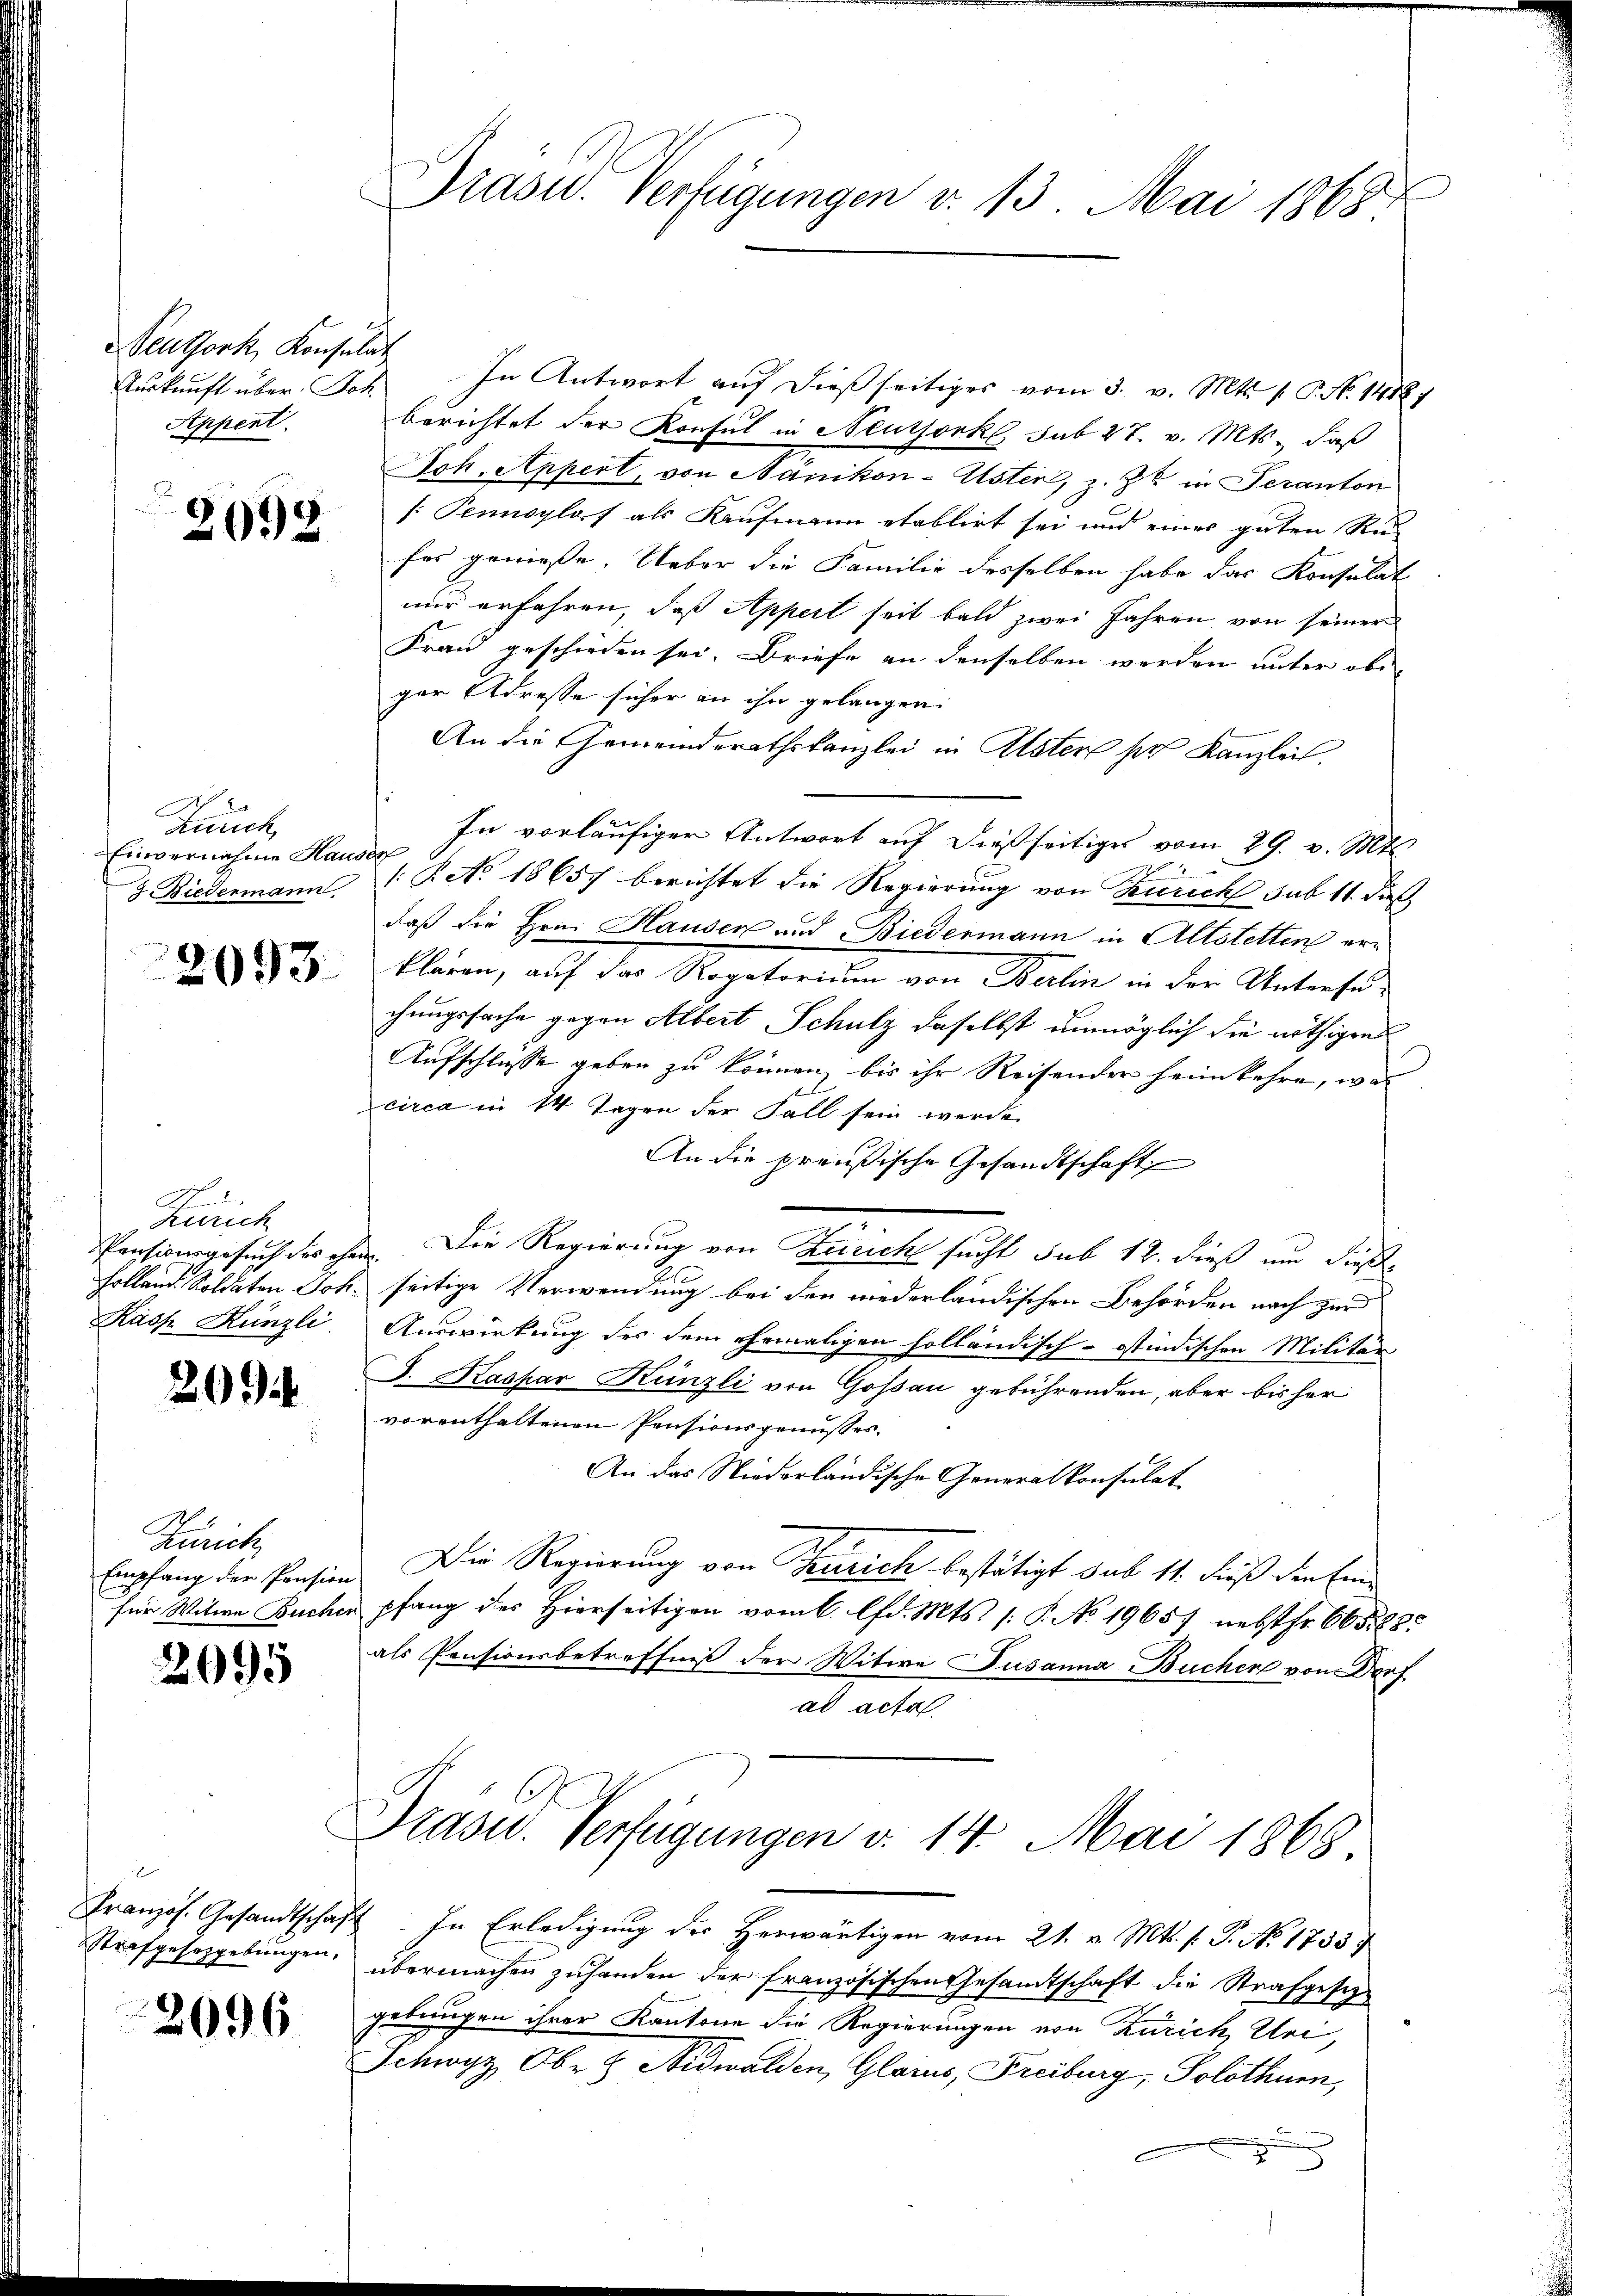
Neuthork, Konsulat
Auskunft über Joh.
Appent.

2098

Zürch,
Einvernahme Hauses
 Biedermann

2093.

A .
Zürich
Kasp. Künzli.

20

Zürich,
Empfang der Pension
für Witwe Bücher

2095

r
Strafgesetzgebungen.

2096

Grasw. Verfügungen v. 13. Mai 1868

In Antwort auf dießseitiges vom 3. v. Mts. 1. P. No. 1418)
berichtet der Konsul in Neuthork, sub 27. v. Mts., daß
Joh. Appert, von Nänikon-Uster, z. Zt. in Seranton
[Pennsylos als Kaufmann etablirt sei und eines guten Re-
fes genieße. Ueber die Familie desselben habe das Konsulat
nur erfahren, daß Appert seit bald zwei Jahren von seiner
Frau geschieden sei. Briefe an denselben werden unter obe
ger Adresse sicher an ihn gelangen:
An die Gemeinderathskanzlei in Alster sich Kanzlei.
In vorläufiger Antwort auf dießseitiges vom 29. v. Mts.
/: P. No. 18657 berichtet die Regierung von Zürich sub 11. dieß
daß die Hrn. Hauser und Biedermann in Altstetten erklären, auf der Repeterien von Balin in der Unterhude
chungssache gegen Albert Schulz daselbst unmöglich die nöthigen
Aufschlusse geben zu können, bis ihr Reisenden heimkehre, was
circa in 14 Tagen der Fall sein werde.
An die preußische Gesandtschaft
2
Pensionsgesuch des ihm. Die Regierung von Zürich sucht sub 12. dieß um dieß¬
Holland. Soldaten Joh. seitige Verwendung bei den wiederländischen Behörden nach zur
Auswirkung des dem ehemaligen holländisch-ostindischen Militär
J. Kaspar Künzli von Goßau gebührenden, aber bisher
vorenthaltenen Pensionsgenusses.
An das Niederländische Generalkonsulat
Die Regierung von Turick bestätigt sub 11. dieß der Einpfang des Hierseitigen vom 6. lfd. Mts. /: P. No 19657 nebst fr. 665. 28.
als Pensionsbetreffniß der Witwe Susanna Bucher von Dref
ad acta

Präsid. Verfügungen d. 14. Mai 1868

Französ. Gesandtschaft In Erledigung der herwärtigen vom 21. v. Mts. s. G. No. 1735 f
übermachen zuhanden der französischen Gesandtschaft die Strafgesezgebungen ihrer Kantone die Regierungen von Zürich Uri,
Schwyz, Ober & Nidwalden, Glarus, Freiburg, Solothurn,
2